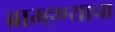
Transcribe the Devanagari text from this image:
ब्राम्हण्याचा